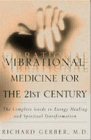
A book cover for Vibrational Medicine for the 21st Century: A Complete Guide To Energy Healing And Spiritual Transformation; Richard Gerber; Cookbooks, Food & Wine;